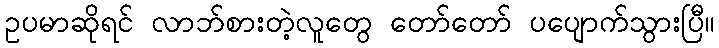
ဥပမာဆိုရင် လာဘ်စားတဲ့လူတွေ တော်တော် ပပျောက်သွားပြီ။